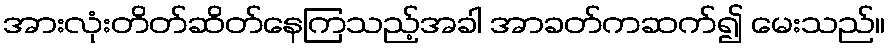
အားလုံးတိတ်ဆိတ်နေကြသည့်အခါ အာခတ်ကဆက်၍ မေးသည်။